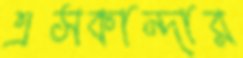
এসকান্দার